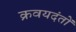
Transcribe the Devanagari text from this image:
क्रवयदंतों